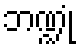
ဘဏ္ဍုံ